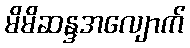
မိမိဆန္ဒအလျောက်